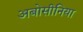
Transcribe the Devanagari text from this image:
अबोसीनिया